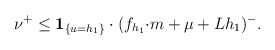
\begin{align*}\nu^{+}\le \mathbf{1}_{\{u=h_{1}\}}\cdot (f_{h_{1}}{\cdot m}+\mu+Lh_{1})^{-}.\end{align*}